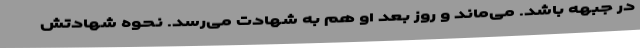
در جبهه باشد. می‌ماند و روز بعد او هم به شهادت می‌رسد. نحوه شهادتش